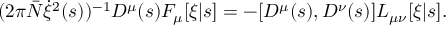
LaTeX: ( 2 \pi { \bar { N } } \dot { \xi } ^ { 2 } ( s ) ) ^ { - 1 } { \cal D } ^ { \mu } ( s ) F _ { \mu } [ \xi | s ] = - [ { \cal D } ^ { \mu } ( s ) , { \cal D } ^ { \nu } ( s ) ] L _ { \mu \nu } [ \xi | s ] .